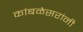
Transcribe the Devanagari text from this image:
कांबळेसरांनी